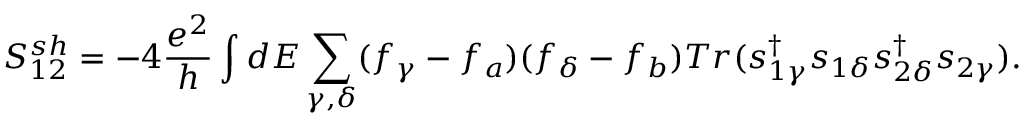
{ S _ { 1 2 } ^ { s h } } = - 4 \frac { e ^ { 2 } } { h } \int d E \sum _ { \gamma , \delta } ( f _ { \gamma } - f _ { a } ) ( f _ { \delta } - f _ { b } ) T r ( s _ { 1 \gamma } ^ { \dagger } s _ { 1 \delta } s _ { 2 \delta } ^ { \dagger } s _ { 2 \gamma } ) .